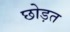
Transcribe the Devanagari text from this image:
छोड़त